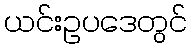
ယင်းဥပဒေတွင်